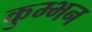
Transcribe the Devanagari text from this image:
कुम्भन